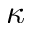
\kappa